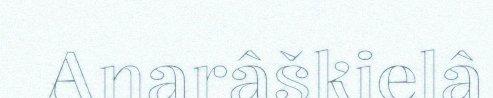
Anarâškielâ